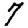
Digit: 7